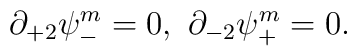
\partial_{+2}\psi^m_-=0,\ \partial_{-2}\psi^m_+=0.